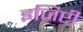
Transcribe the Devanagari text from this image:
इजिप्टी